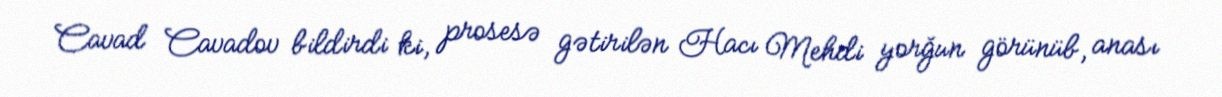
Cavad Cavadov bildirdi ki, prosesə gətirilən Hacı Mehdi yorğun görünüb, anası